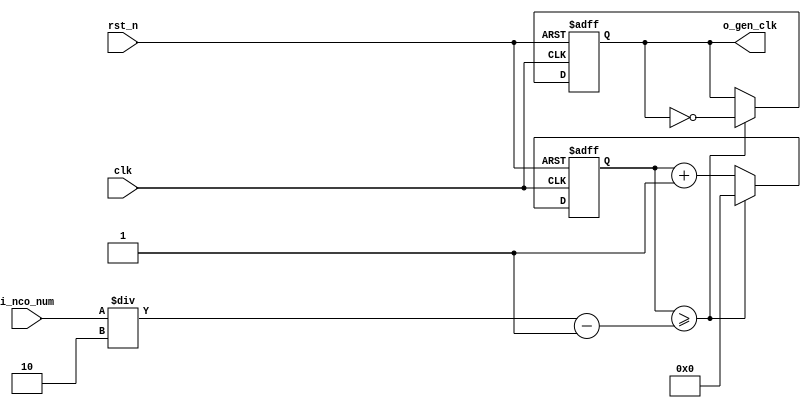
//	--------------------------------------------------
//	Clock Controller (nco, debounce, controller)
//	--------------------------------------------------
module	nco(	
		o_gen_clk,
		i_nco_num,
		clk,
		rst_n);

output		o_gen_clk	;				// generate 1Hz CLK

input	[31:0]	i_nco_num	;				// (like cnt) 1~50M switching
input		clk		;				// 50Mhz CLK
input		rst_n		;

reg	[31:0]	cnt		;				// (like i_nco_num) 1~25M twice switching
reg		o_gen_clk	;

always @(posedge clk or negedge rst_n) begin
	if(rst_n == 1'b0) begin					// start all 0
			cnt	  <= 32'd0		;
			o_gen_clk <= 1'd0		;
	end else begin
		if(cnt >= i_nco_num/2-1) begin			
			cnt 	  <= 32'd0		;
			o_gen_clk <= ~o_gen_clk		;	// each 25M cnt, clk_1hz = ~clk_1hz
		end else begin
			cnt <= cnt + 1'b1;
		end
	end
end

endmodule

module  debounce(
		o_sw,
		i_sw,
		clk);
output		o_sw			;

input		i_sw			;
input		clk			;

reg		dly1_sw			;
always @(posedge clk) begin
	dly1_sw <= i_sw;
end

reg		dly2_sw			;
always @(posedge clk) begin
	dly2_sw <= dly1_sw;
end

assign		o_sw = dly1_sw | ~dly2_sw;

endmodule


module	controller(
		o_mode,
		o_position,
		o_sec_clk,
		o_min_clk,
		o_hour_clk,		// hour clk o
		i_max_hit_sec,
		i_max_hit_min,
		i_max_hit_hour,		// hit hour o ( max: 24)
		o_alarm_sec_clk,
		o_alarm_min_clk,
		o_alarm_hour_clk,	// alarm hour clk
		o_alarm_en,
		i_sw0,
		i_sw1,
		i_sw2,
		i_sw3,
		clk,
		rst_n);

output	[1:0]	o_mode			;  // clock=0, move=1, alarm=2
output	[1:0]	o_position		;  // hour, min, sec position 

output		o_sec_clk		;
output		o_min_clk		;
output		o_hour_clk		;  // hour clk o => for only clock

output		o_alarm_en		;

output		o_alarm_sec_clk ;
output		o_alarm_min_clk ;
output		o_alarm_hour_clk;	   // alarm hour clk

input		i_max_hit_sec		;
input		i_max_hit_min		;
input		i_max_hit_hour		;  // hit hour nessary o (max:24)

input		i_sw0			;
input 		i_sw1			;
input 		i_sw2			; 
input		i_sw3			;  // alarm button , when 0, no alarm, when 1, alarm ring

input		clk			;
input		rst_n			;

parameter	MODE_CLOCK	= 2'd0	;
parameter	MODE_SETUP	= 2'd1	;
parameter	MODE_ALARM	= 2'd2	;  // alarm mode

parameter 
		POS_SEC	 = 2'd0		,
		POS_MIN	 = 2'd1		,
		POS_HOUR = 2'd2		;

wire		clk_100hz		;
nco		u0_nco(
		.o_gen_clk	( clk_100hz	),
		.i_nco_num	( 32'd500000	),
		.clk		( clk		),
		.rst_n		( rst_n		));

wire		sw0			;
debounce	u0_debounce(
		.o_sw		( sw0		),
		.i_sw		( i_sw0		),
		.clk		( clk_100hz	));

wire		sw1			;
debounce	u1_debounce(
		.o_sw		( sw1		),
		.i_sw		( i_sw1		),
		.clk		( clk_100hz	));

wire		sw2			;
debounce	u2_debounce(
		.o_sw		( sw2		),
		.i_sw		( i_sw2		),
		.clk		( clk_100hz	));

wire		sw3			;
debounce	u3_debounce(
		.o_sw		( sw3		),
		.i_sw		( i_sw3		),
		.clk		( clk_100hz	));


reg  [1:0]	o_mode			;	// clock, move, alarm
always @(posedge sw0 or negedge rst_n) begin
	if(rst_n == 1'b0) begin
		o_mode <= MODE_CLOCK;
	end else begin
		if(o_mode >= MODE_ALARM) begin
			o_mode <= MODE_CLOCK;
		end else begin
			o_mode <= o_mode + 1'b1;
		end
	end
end

reg [1:0]	o_position		;  //  hour = 2 , min = 1 , sec = 0

always @(posedge sw1 or negedge rst_n) begin
	if(rst_n == 1'b0) begin
		o_position <= POS_SEC;		// pos_sec =0 start! add 1
	end else begin
		if(o_position >= POS_HOUR) begin
			o_position <= POS_SEC;
		end else begin
			o_position <= o_position + 1'd1;
		end
	end
end

reg		o_alarm_en		;

always @(posedge sw3 or negedge rst_n) begin
	if(rst_n == 1'b0) begin
		o_alarm_en <= 1'b0;
	end else begin
		o_alarm_en <= o_alarm_en + 1'b1;
	end
end

wire		clk_1hz			;
nco		u1_nco(
		.o_gen_clk	( clk_1hz	),
		.i_nco_num	( 32'd50000000	),
		.clk		( clk		),
		.rst_n		( rst_n		));

reg		o_sec_clk		;
reg		o_min_clk		;
reg		o_hour_clk		;  // hour clk making

reg		o_alarm_sec_clk		;
reg		o_alarm_min_clk		;
reg		o_alarm_hour_clk	;

always @(*) begin
	case(o_mode)
		MODE_CLOCK : begin
			o_sec_clk  = clk_1hz;
			o_min_clk  = i_max_hit_sec;
			o_hour_clk = i_max_hit_min; // when max-min, hour+1
			o_alarm_sec_clk = 1'b0;
			o_alarm_min_clk = 1'b0;
			o_alarm_hour_clk = 1'b0;
		end
		MODE_SETUP : begin
			case(o_position)
				POS_SEC : begin
					o_sec_clk  = ~sw2;	
					o_min_clk  = 1'd0;	 
					o_hour_clk = 1'd0;	// when sec select, min and hour = 0	
 					o_alarm_sec_clk = 1'b0;
					o_alarm_min_clk = 1'b0;
					o_alarm_hour_clk = 1'b0;
				end
				POS_MIN : begin
					o_sec_clk  = 1'd0;
					o_min_clk  = ~sw2;
					o_hour_clk = 1'd0;	// when min select, sec and hour = 0
					o_alarm_sec_clk = 1'b0;
					o_alarm_min_clk = 1'b0;
					o_alarm_hour_clk = 1'b0;
				end
				POS_HOUR : begin
					o_sec_clk  = 1'd0;
					o_min_clk  = 1'd0;
					o_hour_clk = ~sw2;	// when hour select, sec and min = 0
					o_alarm_sec_clk = 1'b0;
					o_alarm_min_clk = 1'b0;
					o_alarm_hour_clk = 1'b0;
				end
			endcase
		end
		MODE_ALARM : begin
			case(o_position)
				POS_SEC : begin
					o_sec_clk = clk_1hz;
					o_min_clk = i_max_hit_sec;
					o_hour_clk = i_max_hit_min;
					o_alarm_sec_clk = ~sw2;
					o_alarm_min_clk = 1'b0;
					o_alarm_hour_clk = 1'b0;
				end
				POS_MIN : begin
					o_sec_clk = clk_1hz;
					o_min_clk = i_max_hit_sec;
					o_hour_clk = i_max_hit_min;
					o_alarm_sec_clk = 1'b0;
					o_alarm_min_clk = ~sw2;
					o_alarm_hour_clk = 1'b0;
				end
				POS_HOUR: begin
					o_sec_clk = clk_1hz;
					o_min_clk = i_max_hit_sec;
					o_hour_clk = i_max_hit_min;
					o_alarm_sec_clk = 1'b0;
					o_alarm_min_clk = 1'b0;
					o_alarm_hour_clk = ~sw2;
				end
			endcase
		end
		default: begin
			o_sec_clk = 1'b0;
			o_min_clk = 1'b0;
			o_hour_clk = 1'b0;
			o_alarm_sec_clk = 1'b0;
			o_alarm_min_clk = 1'b0;
			o_alarm_hour_clk = 1'b0;
		end
	endcase
end

endmodule